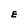
Character: E